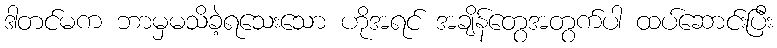
ဒါတင်မက ဘာမှမသိခဲ့ရသေးသော ဟိုအရင် အချိန်တွေအတွက်ပါ ထပ်ဆောင်းပြီး